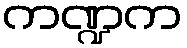
ကဏ္ဍက